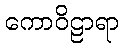
ကောဝိဠာရာ